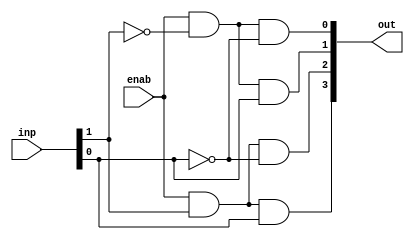
module two_to_four (
    out,
    enab, inp
);

    output [3:0] out; // * Output
    input [1:0] inp; // * Input
    input enab; // * Enabler

    assign out[3] = enab & inp[1] & inp[0];
    assign out[2] = enab & inp[1] & ~inp[0];
    assign out[1] = enab & ~inp[1] & inp[0];
    assign out[0] = enab & ~inp[1] & ~inp[0];
    
endmodule